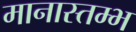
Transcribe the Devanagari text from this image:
मानास्तम्भ